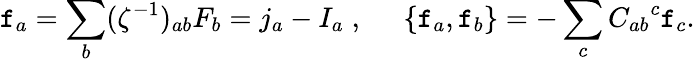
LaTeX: \mathtt{f}_{a}=\sum_{b}(\zeta^{-1})_{ab}F_{b}=j_{a}-I_{a}\; ,\; \; \; \; \; \{ \mathtt{f}_{a},\mathtt{f}_{b}\} =-\sum_{c}{C_{ab}}^{c}\mathtt{f}_{c}.